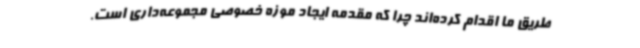
طریق ما اقدام کرده‌اند چرا که مقدمه ایجاد موزه خصوصی مجموعه‌داری است.